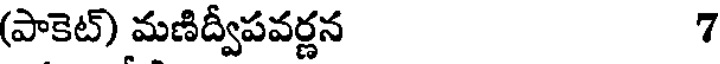
(పాకెట్) మణిద్వీపవర్ణన 7